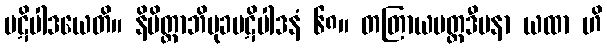
ပဋိပါဒယေတိ။ နိမိတ္တာဘိမုခပဋိပါဒနံ ၆၈။ တတြာယမတ္ထဒီပနာ ယထာ ဟိ